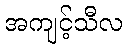
အကျင့်သီလ